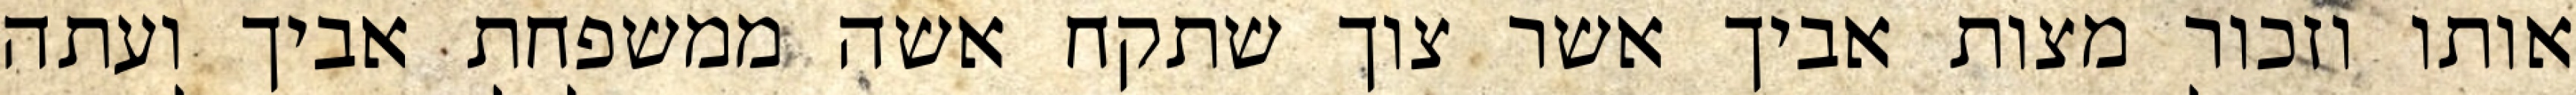
אותו וזכור מצות אביך אשר צוך שתקח אשה ממשפחת אביך ועתה